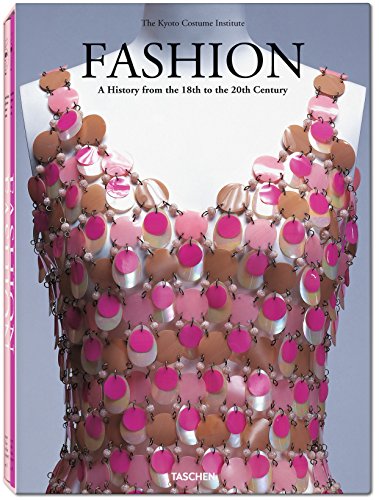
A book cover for Fashion: A History from the 18th to the 20th Century (2 Volume Set); The Kyoto Costume Institute; Arts & Photography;